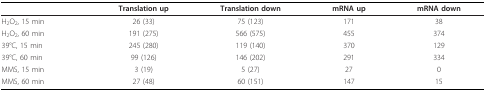
<table><thead><tr><td></td><td><b>Translation up</b></td><td><b>Translation down</b></td><td><b>mRNA up</b></td><td><b>mRNA down</b></td></tr></thead><tbody><tr><td>H<sub>2</sub>O<sub>2</sub>, 15 min</td><td>26 (33)</td><td>75 (123)</td><td>171</td><td>38</td></tr><tr><td>H<sub>2</sub>O<sub>2</sub>, 60 min</td><td>191 (275)</td><td>566 (575)</td><td>455</td><td>374</td></tr><tr><td>39°C, 15 min</td><td>245 (280)</td><td>119 (140)</td><td>370</td><td>129</td></tr><tr><td>39°C, 60 min</td><td>99 (126)</td><td>146 (202)</td><td>291</td><td>334</td></tr><tr><td>MMS, 15 min</td><td>3 (19)</td><td>5 (27)</td><td>27</td><td>0</td></tr><tr><td>MMS, 60 min</td><td>27 (48)</td><td>60 (151)</td><td>147</td><td>15</td></tr></tbody></table>